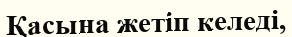
Қасына жетіп келеді,